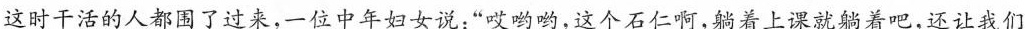
这时干活的人都围了过来，一位中年妇女说：”哎呦呦，这个石仁啊，躺着上课就躺着吧，还让我们